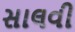
સાલવી